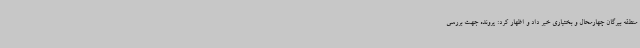
منطقه بیرگان چهارمحال و بختیاری خبر داد و اظهار کرد: پرونده جهت بررسی